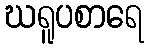
ဃရူပစာရေ